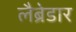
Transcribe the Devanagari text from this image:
लैब्रेडार